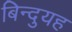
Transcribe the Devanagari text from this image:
बिन्दुयह